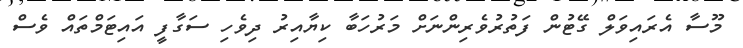
މޫސާ އެރައިވަލް ގޭޓުން ފަތުރުވެރިންނަށް މަރުހަބާ ކިޔާއިރު ދިވެހި ސަގާފީ އައިޓަމްތައް ވެސް